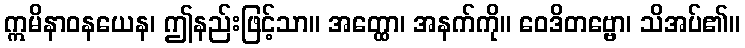
ဣမိနာဝနယေန၊ ဤနည်းဖြင့်သာ။ အတ္ထော၊ အနက်ကို။ ဝေဒိတဗ္ဗော၊ သိအပ်၏။